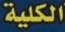
الكلية